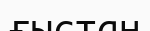
ғыстан